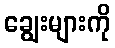
ချွေးများကို